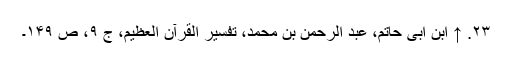
۲۳. ↑ ابن ابی حاتم، عبد الرحمن بن محمد، تفسیر القرآن العظیم، ج ۹، ص ۱۴۹۔